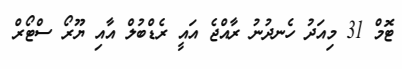
ޓޮމް 31 މިއަދު ހެނދުނު ރާއްޖެ އައީ ރެޑްބުލް އާއި ޔޫރޯ ސްޓޯރް